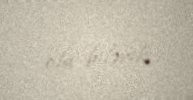
ola bilərik.